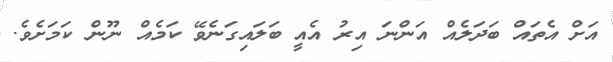
އަށް އެތައް ބަދަލެއް އަންނަ އިރު އެއީ ބަލައިގަނެވޭ ކަމެއް ނޫން ކަމަށެވެ.